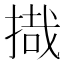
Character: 𰔈